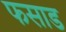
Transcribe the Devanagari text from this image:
फसाड